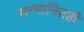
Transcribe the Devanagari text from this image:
सन्मानितही